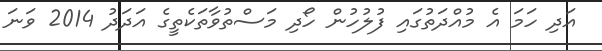
އަދި ހަމަ އެ މުއްދަތުގައި ފުލުހުން ހޯދި މަސްތުވާތަކެތީގެ އަދަދު 2014 ވަނަ